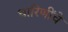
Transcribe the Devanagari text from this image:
धारिणींचे